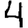
Digit: 4